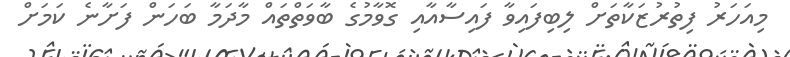
މިއަހަރު ފިތުރުޒަކާތަށް ލިބިފައިވާ ފައިސާއާއި ގޮވާމުގެ ބާވަތްތައް މާދަމާ ބަހަން ފަށާނެ ކަމަށް